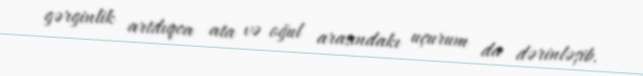
gərginlik artdıqca ata və oğul arasındakı uçurum da dərinləşib.